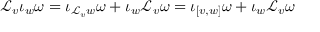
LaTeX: { \mathcal { L } } _ { v } \iota _ { w } \omega = \iota _ { { \mathcal { L } } _ { v } w } \omega + \iota _ { w } { \mathcal { L } } _ { v } \omega = \iota _ { [ v , w ] } \omega + \iota _ { w } { \mathcal { L } } _ { v } \omega